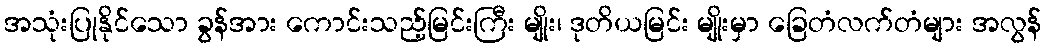
အသုံးပြုနိုင်သော ခွန်အား ကောင်းသည့်မြင်းကြီး မျိုး၊ ဒုတိယမြင်း မျိုးမှာ ခြေတံလက်တံများ အလွန်